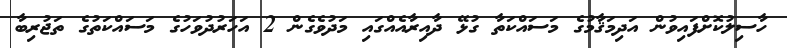
ހާސިލުކޮށްފައިވުން އަދިމަޤާމުގެ މަސައްކަތާ ގުޅޭ ދާއިރާއެއްގައިި މަދުވެގެން 2 އަހަރުދުވަހުގެ މަސައްކަތުގެ ތަޖުރިބާ